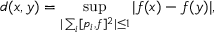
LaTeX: d ( x , y ) = \operatorname * { s u p } _ { | \sum _ { i } [ p _ { i } , f ] ^ { 2 } | \leq 1 } | f ( x ) - f ( y ) | ,